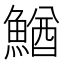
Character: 鰌